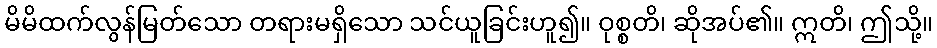
မိမိထက်လွန်မြတ်သော တရားမရှိသော သင်ယူခြင်းဟူ၍။ ဝုစ္စတိ၊ ဆိုအပ်၏။ ဣတိ၊ ဤသို့။